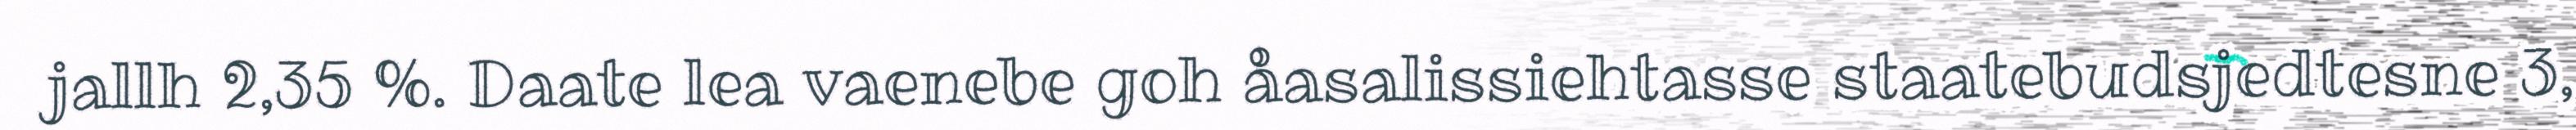
jallh 2,35 %. Daate lea vaenebe goh åasalissiehtasse staatebudsjedtesne 3,